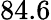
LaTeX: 84.6